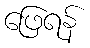
ဖြေရန်